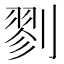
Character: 剹